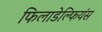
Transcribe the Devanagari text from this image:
फिलाडेल्फियंस